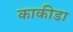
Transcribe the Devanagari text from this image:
काकीडा